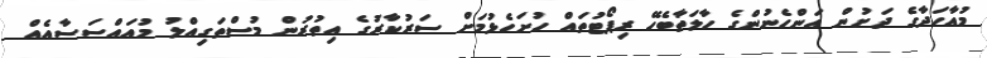
މުއާހަދާގެ ދަށުން އަންހެނުންގެ ހާލަތާބެހޭ ރިޕޯޓުތައް ހުށަހެޅުމަށް ސަރުކާރުގެ އިތުރުން މުސްތަގިއްލު މުއައްސަސާއެއް